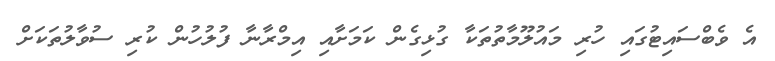
އެ ވެބްސައިޓުގައި ހުރި މައުލޫމާތުތަކާ ގުޅިގެން ކަމަށާއި އިމްރާނާ ފުލުހުން ކުރި ސުވާލުތަކަށް